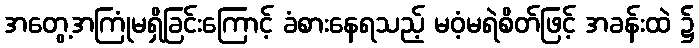
အတွေ့အကြုံမရှိခြင်းကြောင့် ခံစားနေရသည့် မဝံ့မရဲစိတ်ဖြင့် အခန်းထဲ ၌